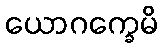
ယောဂက္ခေမိ